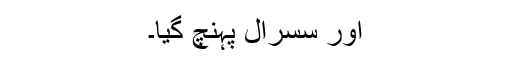
اور سسرال پہنچ گیا۔